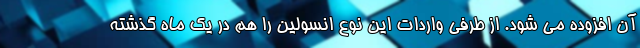
آن افزوده می شود. از طرفی واردات این نوع انسولین را هم در یک ماه گذشته